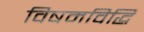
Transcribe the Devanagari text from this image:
विषमविद्धि